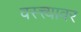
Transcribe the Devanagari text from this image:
वस्त्त्यावर